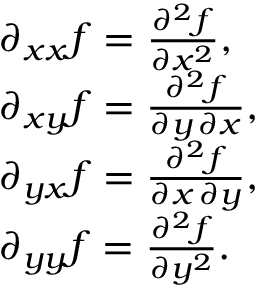
{ \begin{array} { r l } & { \partial _ { x x } f = { \frac { \partial ^ { 2 } f } { \partial x ^ { 2 } } } , } \\ & { \partial _ { x y } f = { \frac { \partial ^ { 2 } f } { \partial y \, \partial x } } , } \\ & { \partial _ { y x } f = { \frac { \partial ^ { 2 } f } { \partial x \, \partial y } } , } \\ & { \partial _ { y y } f = { \frac { \partial ^ { 2 } f } { \partial y ^ { 2 } } } . } \end{array} }